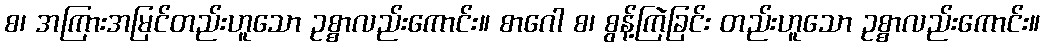
စ၊ အကြားအမြင်တည်းဟူသော ဥစ္စာလည်းကောင်း။ စာဂေါ စ၊ စွန့်ကြဲခြင်း တည်းဟူသော ဥစ္စာလည်းကောင်း။